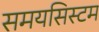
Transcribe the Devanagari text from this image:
समयसिस्टम